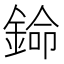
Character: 𬫦